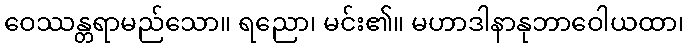
ဝေဿန္တရာမည်သော။ ရညော၊ မင်း၏။ မဟာဒါနာနုဘာဝေါယထာ၊